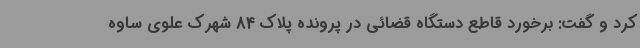
کرد و گفت: برخورد قاطع دستگاه قضائی در پرونده پلاک 84 شهرک علوی ساوه